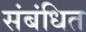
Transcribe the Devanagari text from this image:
संबंधित